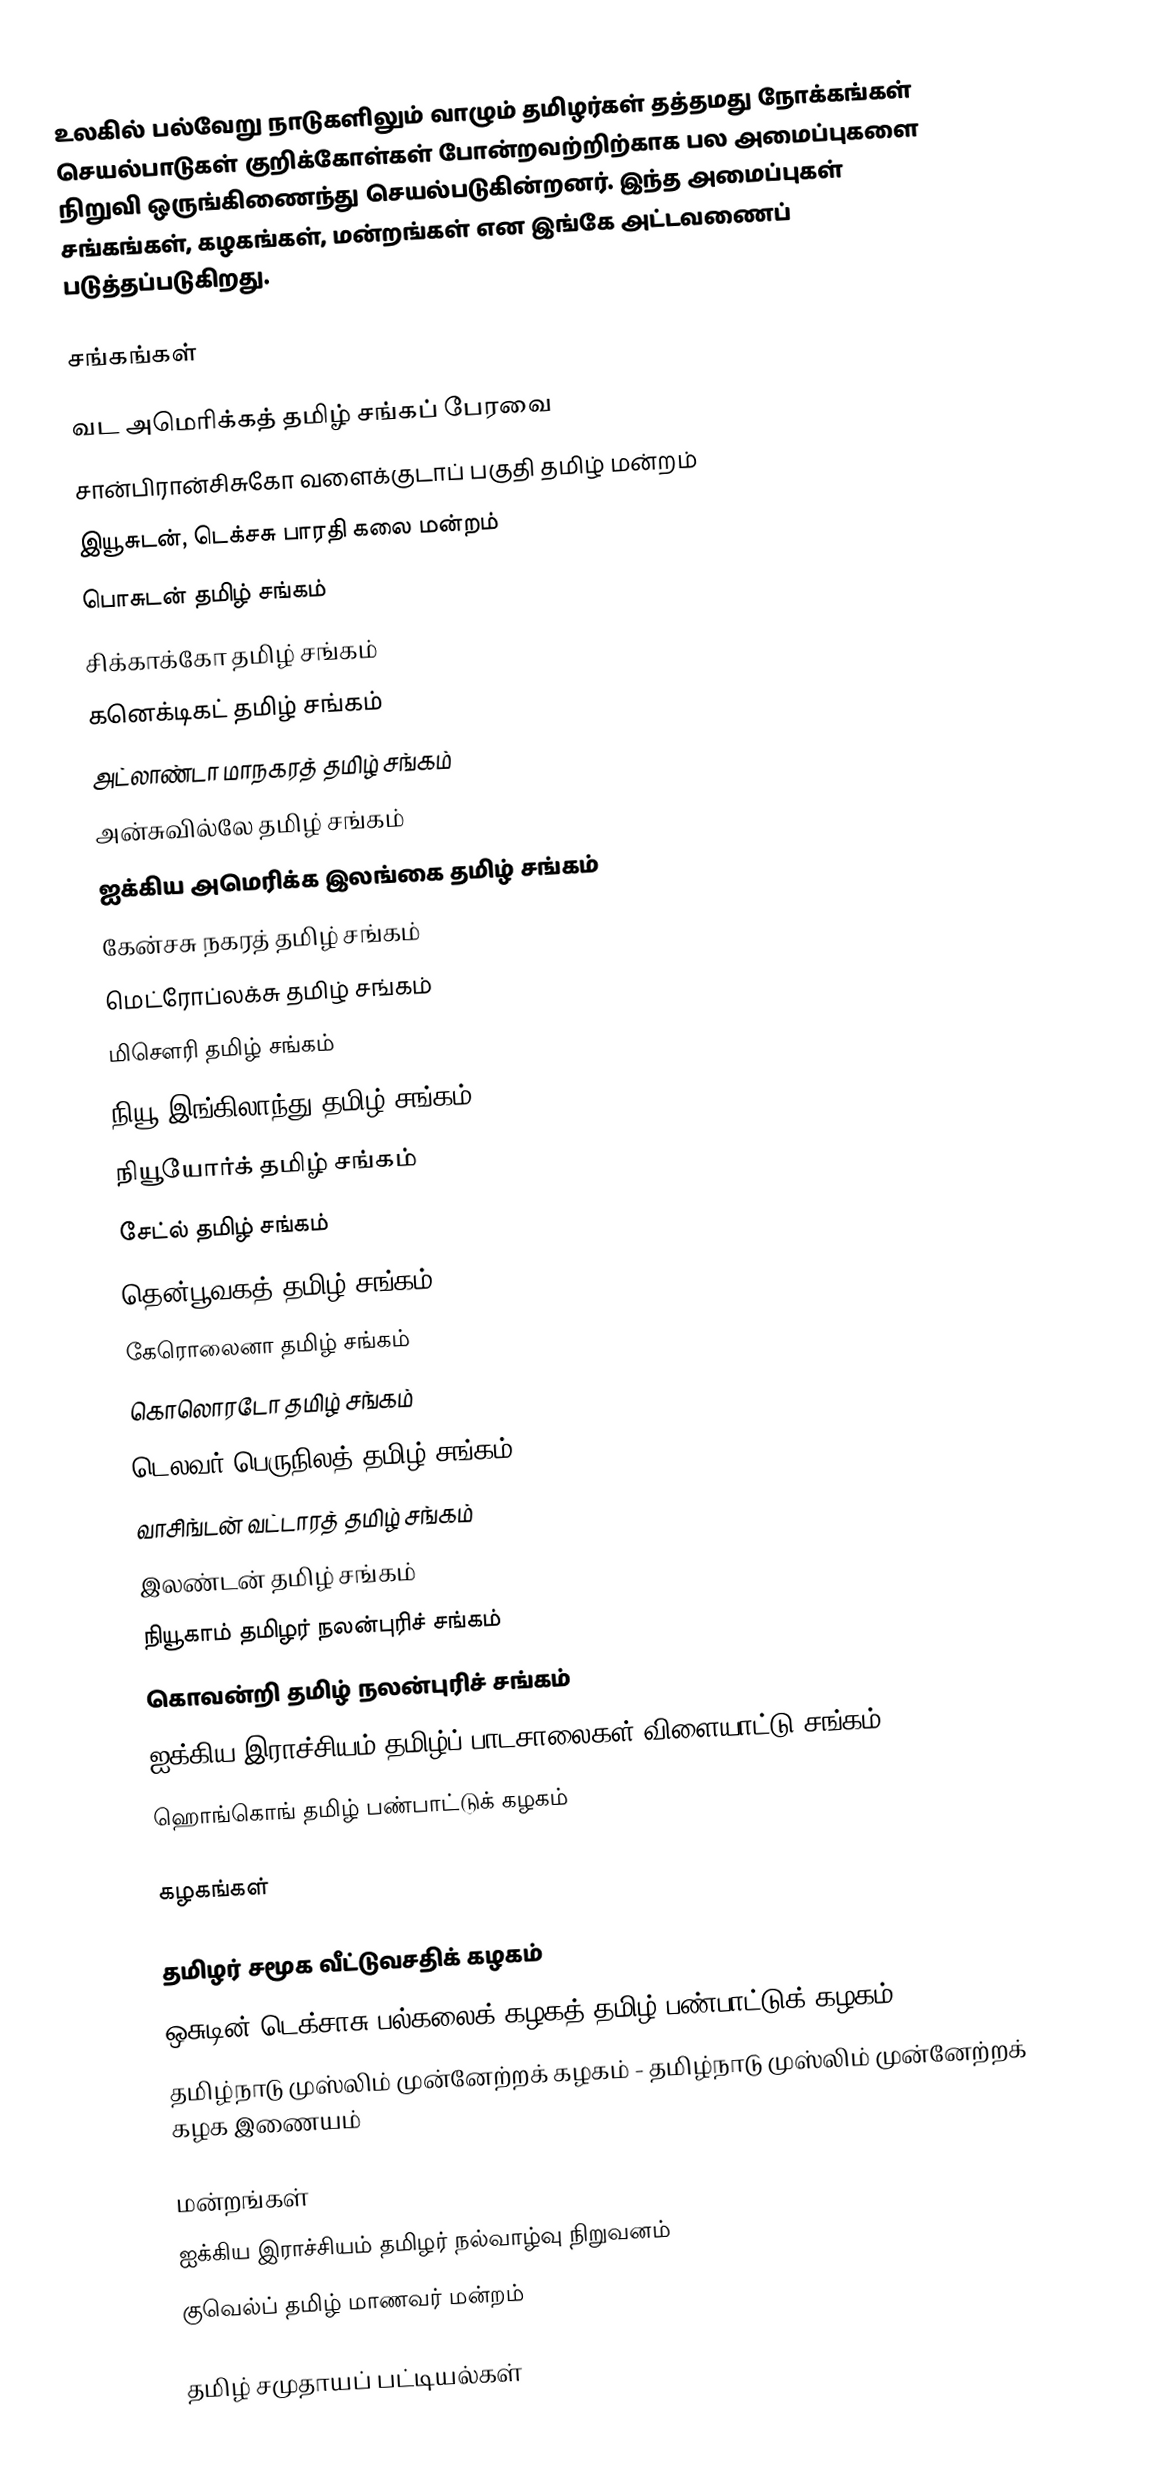
உலகில் பல்வேறு நாடுகளிலும் வாழும் தமிழர்கள் தத்தமது நோக்கங்கள் செயல்பாடுகள் குறிக்கோள்கள் போன்றவற்றிற்காக பல அமைப்புகளை நிறுவி ஒருங்கிணைந்து செயல்படுகின்றனர். இந்த அமைப்புகள் சங்கங்கள், கழகங்கள், மன்றங்கள் என இங்கே அட்டவணைப் படுத்தப்படுகிறது.

சங்கங்கள்

  வட அமெரிக்கத் தமிழ் சங்கப் பேரவை
  சான்பிரான்சிசுகோ வளைக்குடாப் பகுதி தமிழ் மன்றம்
 இயூசுடன், டெக்சசு பாரதி கலை மன்றம்
 பொசுடன் தமிழ் சங்கம்
 சிக்காக்கோ தமிழ் சங்கம்
 கனெக்டிகட் தமிழ் சங்கம்
 அட்லாண்டா மாநகரத் தமிழ் சங்கம்
 அன்சுவில்லே தமிழ் சங்கம்
 ஐக்கிய அமெரிக்க இலங்கை தமிழ் சங்கம்
 கேன்சசு நகரத் தமிழ் சங்கம்
 மெட்ரோப்லக்சு தமிழ் சங்கம்
 மிசௌரி தமிழ் சங்கம்
 நியூ இங்கிலாந்து தமிழ் சங்கம்
  நியூயோர்க் தமிழ் சங்கம்
  சேட்ல் தமிழ் சங்கம்
 தென்பூவகத் தமிழ் சங்கம்
 கேரொலைனா தமிழ் சங்கம்
 கொலொரடோ தமிழ் சங்கம்
 டெலவர் பெருநிலத் தமிழ் சங்கம்
  வாசிங்டன் வட்டாரத் தமிழ் சங்கம்
 இலண்டன் தமிழ் சங்கம்
 நியூகாம் தமிழர் நலன்புரிச் சங்கம்
 கொவன்றி தமிழ் நலன்புரிச் சங்கம்
  ஐக்கிய இராச்சியம் தமிழ்ப் பாடசாலைகள் விளையாட்டு சங்கம்
  ஹொங்கொங் தமிழ் பண்பாட்டுக் கழகம்

கழகங்கள்

 தமிழர் சமூக வீட்டுவசதிக் கழகம்
 ஒசுடின் டெக்சாசு பல்கலைக் கழகத் தமிழ் பண்பாட்டுக் கழகம்
 தமிழ்நாடு முஸ்லிம் முன்னேற்றக் கழகம் - தமிழ்நாடு முஸ்லிம் முன்னேற்றக் கழக இணையம்

மன்றங்கள்
  ஐக்கிய இராச்சியம் தமிழர் நல்வாழ்வு நிறுவனம்
 குவெல்ப் தமிழ் மாணவர் மன்றம்

தமிழ் சமுதாயப் பட்டியல்கள்